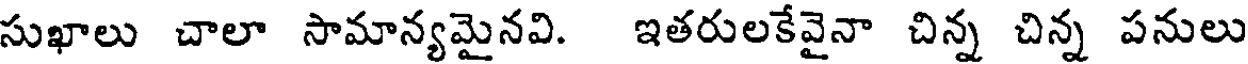
సుఖాలు చాలా సామాన్యమైనవి. ఇతరులకేవైనా చిన్న చిన్న పనులు